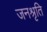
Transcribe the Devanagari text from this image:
जनश्रृति